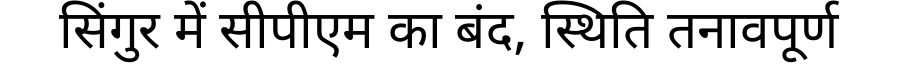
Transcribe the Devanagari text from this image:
सिंगुर में सीपीएम का बंद, स्थिति तनावपूर्ण